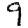
Digit: 9